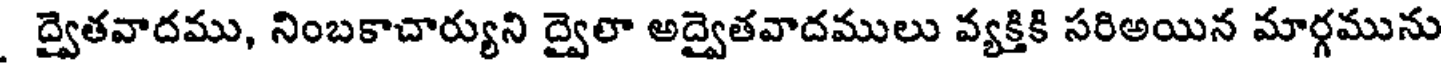
ద్వైతవాదము, నింబకాచార్యుని ద్వైలా అద్వైతవాదములు వ్యక్తికి సరిఅయిన మార్గమును